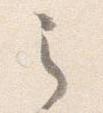
之